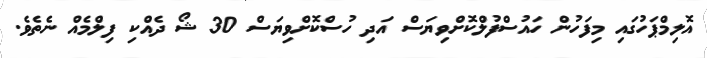
އޮލިމްޕަހުގައި މިފަހުން ހައުސްފުލްކޮށްވިޔަސް އަދި ހުސްކޮށްވިޔަސް 30 ޝޯ ދެއްކި ފިލްމެއް ނެތެވެ.